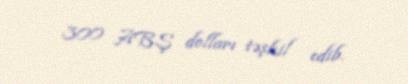
300 ABŞ dolları təşkil edib.